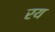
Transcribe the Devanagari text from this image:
रय